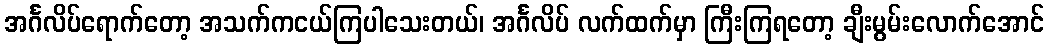
အင်္ဂလိပ်ရောက်တော့ အသက်ကငယ်ကြပါသေးတယ်၊ အင်္ဂလိပ် လက်ထက်မှာ ကြီးကြရတော့ ချီးမွမ်းလောက်အောင်